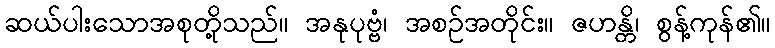
ဆယ်ပါးသောအစုတို့သည်။ အနုပုဗ္ဗံ၊ အစဉ်အတိုင်း။ ဇဟန္တိ၊ စွန့်ကုန်၏။